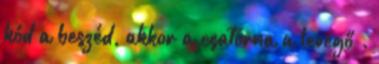
kód a beszéd, akkor a csatorna a levegő .